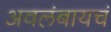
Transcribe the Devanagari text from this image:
अवलंबायचं